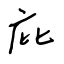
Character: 庇